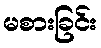
မစားခြင်း